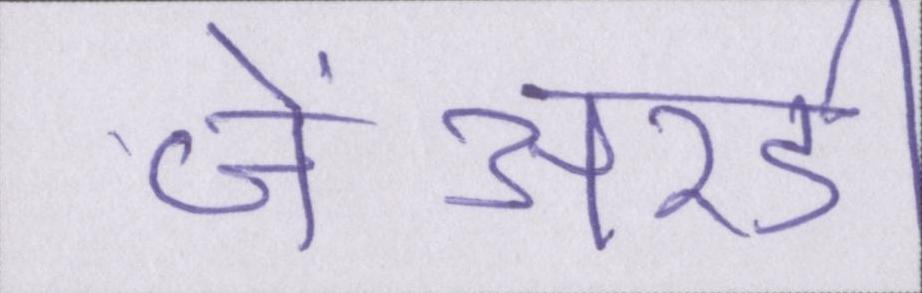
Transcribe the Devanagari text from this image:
जेआरडी